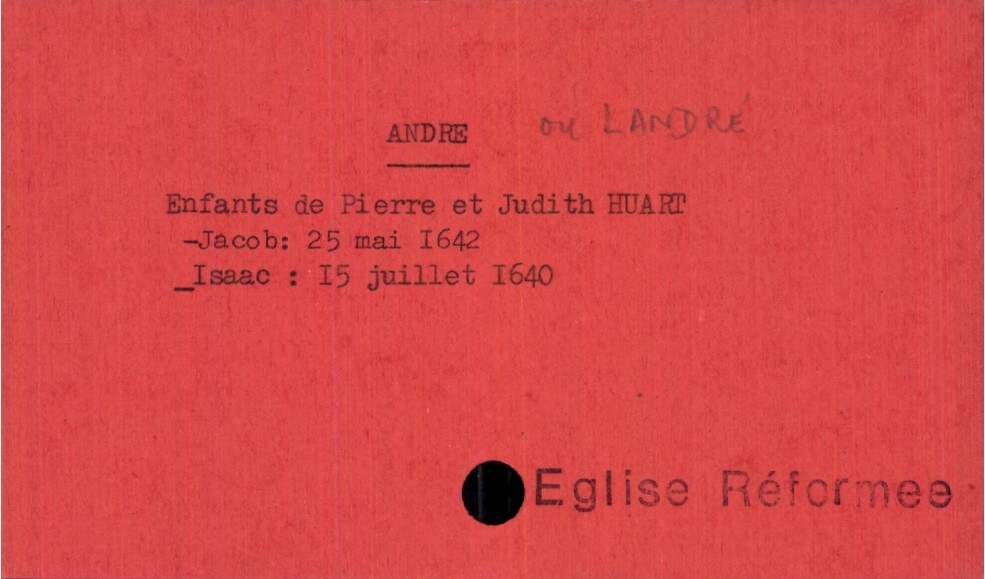
type_acte: Baptême
observations: Eglise Réformee
filiation: fils
enfant_prénom: Isaac
enfant_date_de_naissance: 15 juillet 1640
père_enfant_nom: Andre ou Landré
père_enfant_prénom: Pierre
mère_enfant_nom: Huart
mère_enfant_prénom: Judith